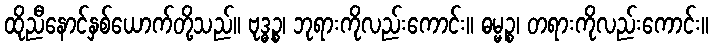
ထိုညီနောင်နှစ်ယောက်တို့သည်။ ဗုဒ္ဓဉ္စ၊ ဘုရားကိုလည်းကောင်း။ ဓမ္မဉ္စ၊ တရားကိုလည်းကောင်း။